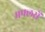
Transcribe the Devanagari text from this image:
मफ्लरों